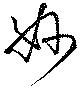
妙